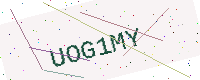
Text: UOG1MY